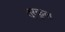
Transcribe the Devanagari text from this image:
तूरकुल